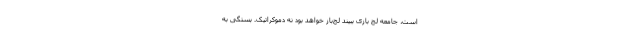
است، جامعه لج بازی ببیند لج‌باز خواهد بود نه دموکراتیک. بستگی به